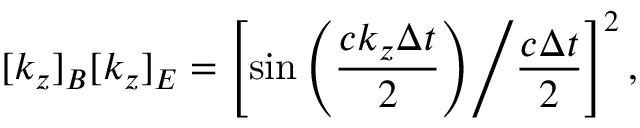
[ k _ { z } ] _ { B } [ k _ { z } ] _ { E } = \left[ \sin \left( \frac { c k _ { z } \Delta t } { 2 } \right) \middle / \frac { c \Delta t } { 2 } \right] ^ { 2 } ,